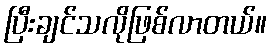
ပြီးချင်သလိုဖြစ်လာတယ်။